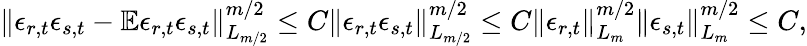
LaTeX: \left\lVert\epsilon_{r,t}\epsilon_{s,t}-\mathbb{E}\epsilon_{r,t}\epsilon_{s,t}\right\rVert_{L_{m/2}}^{m/2}\leq C\left\lVert\epsilon_{r,t}\epsilon_{s,t}\right\rVert_{L_{m/2}}^{m/2}\leq C\left\lVert\epsilon_{r,t}\right\rVert_{L_{m}}^{m/2}\left\lVert\epsilon_{s,t}\right\rVert_{L_{m}}^{m/2}\leq C,